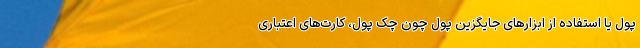
پول یا استفاده از ابزارهای جایگزین پول چون چک پول، کارت‌های اعتباری